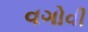
વગોવી